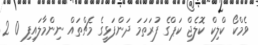
ވެމްކޯ ކްލިކް ކޮލެޖް ކަޕްގެ ފުރަތަމަ ދަންފަޅީގެ މެޗްތައް ނިންމާލައިފި 0 2